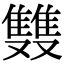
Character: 䨇